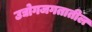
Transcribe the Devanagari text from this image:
उद्योगजगतातील